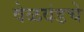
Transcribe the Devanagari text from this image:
वेळवंडचे